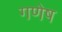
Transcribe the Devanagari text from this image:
गणेष